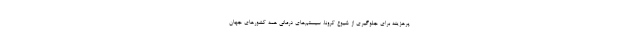
پرهزینه برای جلوگیری از شیوع کرونا، سیستم‌های درمانی همه کشورهای جهان